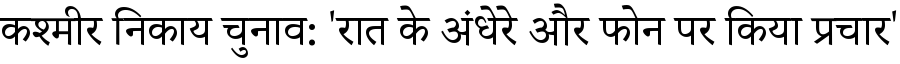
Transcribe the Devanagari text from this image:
कश्मीर निकाय चुनाव: 'रात के अंधेरे और फोन पर किया प्रचार'